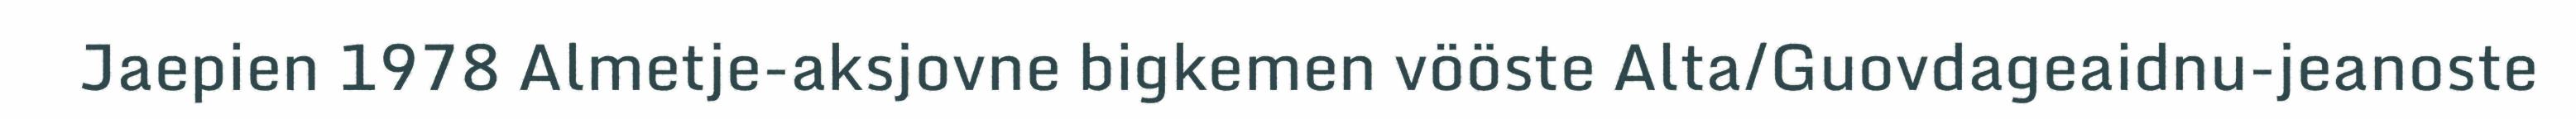
Jaepien 1978 Almetje-aksjovne bigkemen vööste Alta/Guovdageaidnu-jeanoste